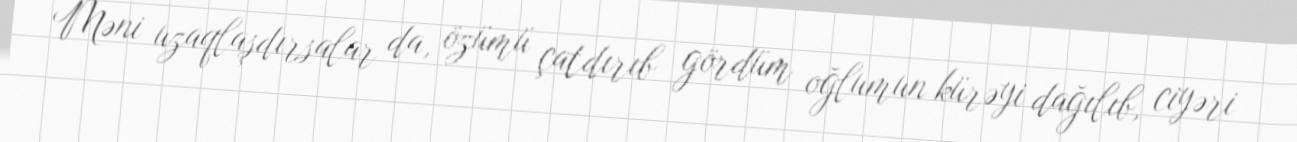
Məni uzaqlaşdırsalar da, özümü çatdırıb gördüm oğlumun kürəyi dağılıb, ciyəri